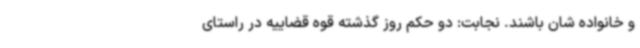
و خانواده شان باشند. نجابت: دو حکم روز گذشته قوه قضاییه در راستای